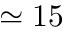
\simeq 1 5